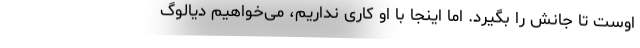
اوست تا جانش را بگیرد. اما اینجا با او کاری نداریم، می‌خواهیم دیالوگ